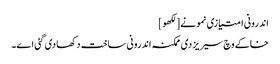
اندرونی امتیازی نمونے [لکھو]
خاکے وچ سیریز دی ممکنہ اندرونی ساخت دکھادی گئی ا‏‏ے۔